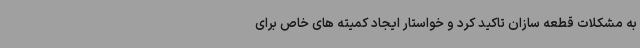
به مشکلات قطعه سازان تاکید کرد و خواستار ایجاد کمیته های خاص برای